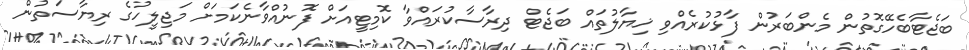
ބަޖެޓާބެހޭގޮތުން މެންބަރުން ފާޅުކުރެއްވި ޚިޔާލުތައް ބަޖެޓް ދިރާސާކުރައްވާ ކޮމިޓީއަށް ފޮނުއްވާނެކަމަށް މަޖިލީހުގެ ރިޔާސަތުން